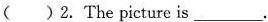
( )2. The picture is___